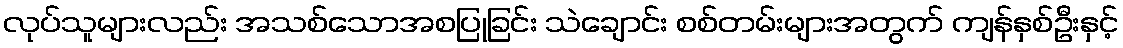
လုပ်သူများလည်း အသစ်သောအစပြုခြင်း သဲချောင်း စစ်တမ်းများအတွက် ကျန်နှစ်ဦးနှင့်